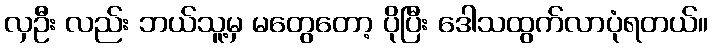
လှဦး လည်း ဘယ်သူ့မှ မတွေတော့ ပိုပြီး ဒေါသထွက်လာပုံရတယ်။